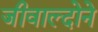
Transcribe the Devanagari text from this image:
जीवाल्दोने